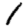
Digit: 1